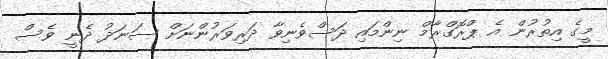
މީގެ އިތުރުން އެ ޕްރޮގްރާމް ނިންމައި ދަސްވެނިވާ ދަރިވަރުންނަށް ސަނަދު ދެނީ ވެސް